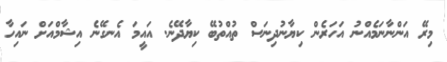
މިރޭ އަންނާނަމެއްނު އަހަރެން ކިޔާނުދިނަސް ތުއްތުބޭ ކިޔާދޭނެ. އައީމަ އެނގޭނެ އިޝާމްއަށް ނައިހާ